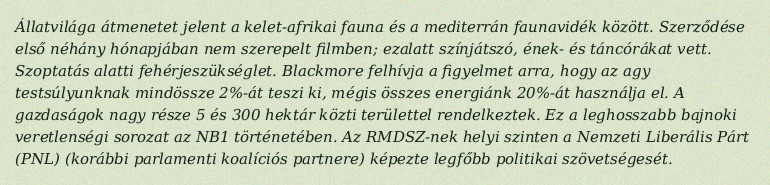
Állatvilága átmenetet jelent a kelet-afrikai fauna és a mediterrán faunavidék között. Szerződése első néhány hónapjában nem szerepelt filmben; ezalatt színjátszó, ének- és táncórákat vett. Szoptatás alatti fehérjeszükséglet. Blackmore felhívja a figyelmet arra, hogy az agy testsúlyunknak mindössze 2%-át teszi ki, mégis összes energiánk 20%-át használja el. A gazdaságok nagy része 5 és 300 hektár közti területtel rendelkeztek. Ez a leghosszabb bajnoki veretlenségi sorozat az NB1 történetében. Az RMDSZ-nek helyi szinten a Nemzeti Liberális Párt (PNL) (korábbi parlamenti koalíciós partnere) képezte legfőbb politikai szövetségesét.